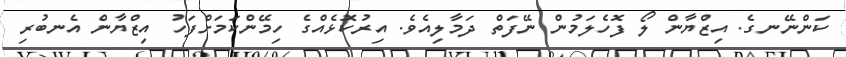
ކަންނޭނގެ. އިޒްޔާން ލޯ ފޮހެލަމުން ނޭފަތް ދަމާލިއެވެ. އިރުކޮޅެއްގެ ހިމޭންކަމަށްފަހު އިޒްޔާން އެނބުރި